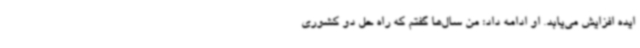
ایده افزایش می‌یابد. او ادامه داد: من سال‌ها گفتم که راه حل دو کشوری